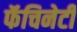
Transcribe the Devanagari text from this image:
फॅचिनेटी